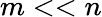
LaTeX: m<<n